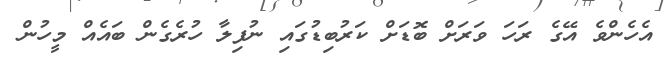
އެހެންވެ އޭގެ ރަހަ ވަރަށް ބޮޑަށް ކަރުބިޑުގައި ނުފިލާ ހުރެގެން ބައެއް މީހުން